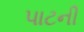
પાટની